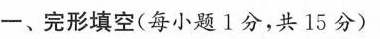
-、完形填空(每小题 1分,共 15 分)